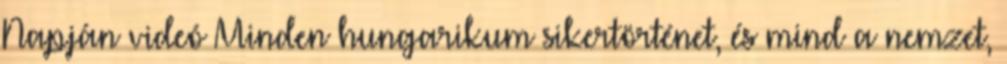
Napján videó Minden hungarikum sikertörténet, és mind a nemzet,